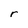
Character: r